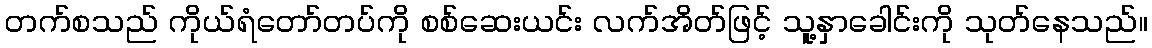
တက်စသည် ကိုယ်ရံတော်တပ်ကို စစ်ဆေးယင်း လက်အိတ်ဖြင့် သူ့နှာခေါင်းကို သုတ်နေသည်။